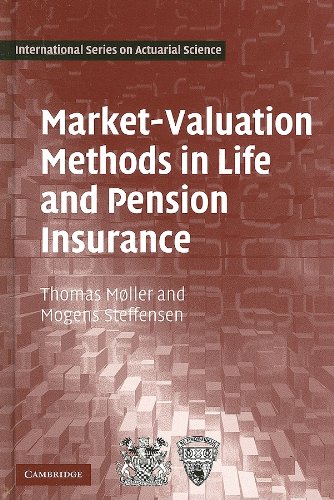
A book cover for Market-Valuation Methods in Life and Pension Insurance (International Series on Actuarial Science); Thomas MÃ¸ller; Business & Money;